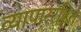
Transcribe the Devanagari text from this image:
व्यापाररहित